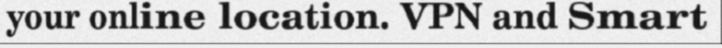
your online location. VPN and Smart